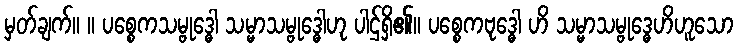
မှတ်ချက်။ ။ ပစ္စေကသမ္ဗုဒ္ဓေါ သမ္မာသမ္ဗုဒ္ဓေါဟု ပါဌ်ရှိ၏။ ပစ္စေကဗုဒ္ဓေါ ဟိ သမ္မာသမ္ဗုဒ္ဓေဟိဟူသော